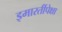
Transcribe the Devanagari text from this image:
इमारतींपेक्षा